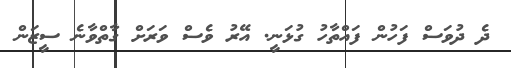
ދެ ދުވަސް ފަހުން ފައްތާހު ގުޅަނީ. އޭރު ވެސް ވަރަށް ގާތްވާނެ ސީޒަން